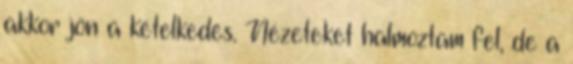
akkor jön a kételkedés. Nézeteket halmoztam fel, de a